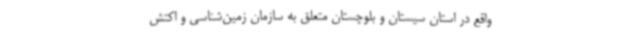
واقع در استان سیستان و بلوچستان متعلق به سازمان زمین‌شناسی و اکتش